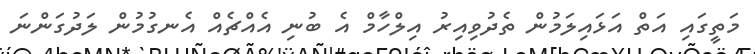
މަތީގައި އަތް އަޅައިލަމުން ތެދުވިއިރު އިލްހާމް އެ ބުނި އެއްޗެއް އެނގުމުން ލަދުގަންނަ